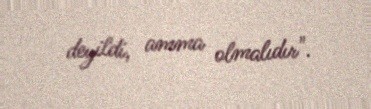
deyildi, amma olmalıdır".